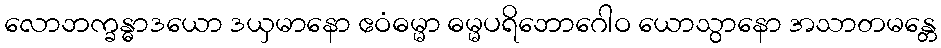
လောဘက္ခန္ဓာဒယော ဒယှမာနော ဧဝံဓမ္မာ ဓမ္မပရိဘောဂေါဝ ယောသွာနော အသာတမန္တေ